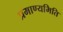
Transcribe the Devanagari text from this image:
प्रमाण्यमिति